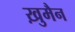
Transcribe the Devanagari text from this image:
ख़ुमैन